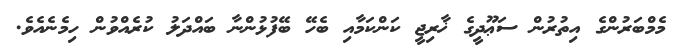
މެމްބަރުންގެ އިތުރުން ސަޢޫދީގެ ޚާރިޖީ ކަންކަމާއި ބެހޭ ބޭފުޅުންނާ ބައްދަލު ކުރެއްވުން ހިމެނެއެވެ.